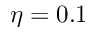
\eta = 0 . 1